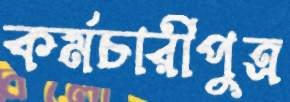
কর্মচারীপুত্র